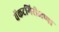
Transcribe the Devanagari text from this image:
वेंकटगिरीअप्पा